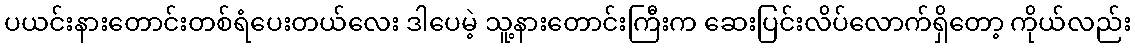
ပယင်းနားတောင်းတစ်ရံပေးတယ်လေး ဒါပေမဲ့ သူ့နားတောင်းကြီးက ဆေးပြင်းလိပ်လောက်ရှိတော့ ကိုယ်လည်း